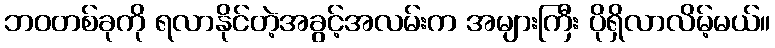
ဘဝတစ်ခုကို ရလာနိုင်တဲ့အခွင့်အလမ်းက အများကြီး ပိုရှိလာလိမ့်မယ်။